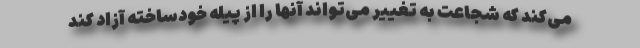
می‌کند که شجاعت به تغییر می‌تواند آنها را از پیله خودساخته آزاد کند